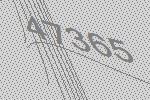
47365